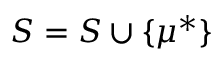
S = S \cup \{ \mu ^ { * } \}